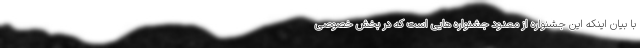
با بیان اینکه این جشنواره از معدود جشنواره هایی است که در بخش خصوصی